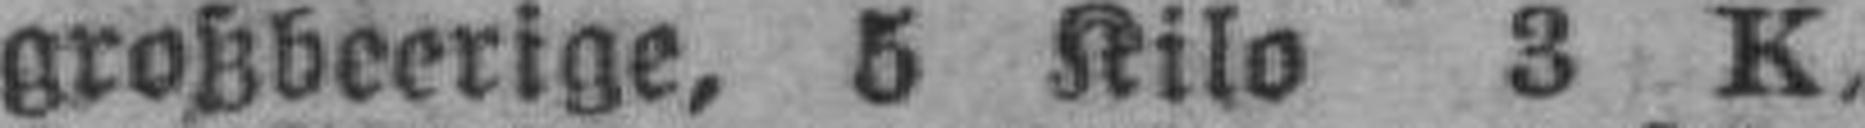
großbeerige, 5 Kilo 3 K,